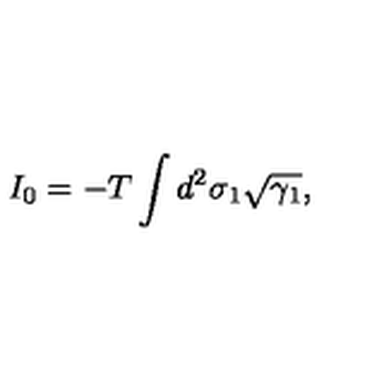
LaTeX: I _ { 0 } = - T \int d ^ { 2 } \sigma _ { 1 } \sqrt { \gamma _ { 1 } } ,